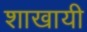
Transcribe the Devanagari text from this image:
शाखायी